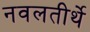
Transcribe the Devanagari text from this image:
नवलतीर्थे